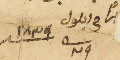
يراً فى ايلول ٢٩ منه سنه ١٨٣٩